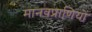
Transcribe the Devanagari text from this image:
मानवप्राणियों